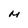
Character: M